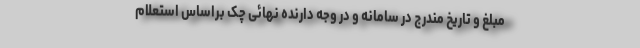
مبلغ و تاریخ مندرج در سامانه و در وجه دارنده نهائی چک براساس استعلام